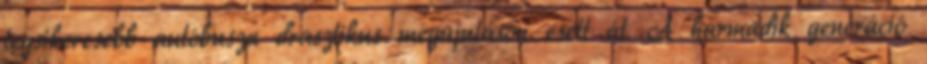
legsikeresebb autóbusza drasztikus megújuláson esett át. A harmadik generáció